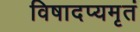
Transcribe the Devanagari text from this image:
विषादप्यमृतं